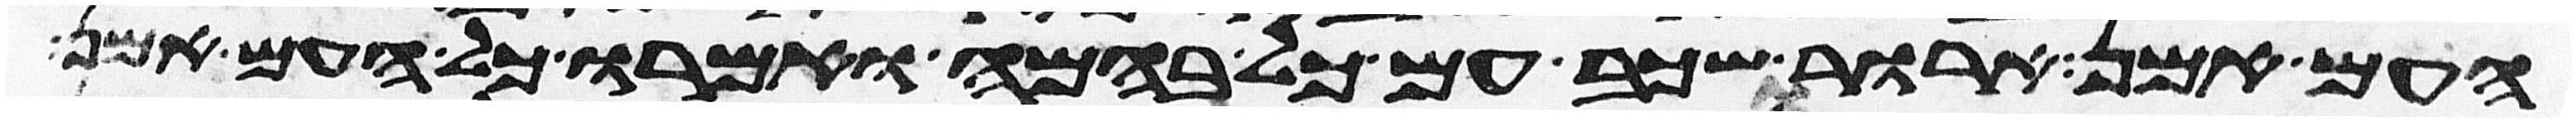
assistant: העם אמן ארור שכב עם כל בהמה ואמרו כל העם אמן